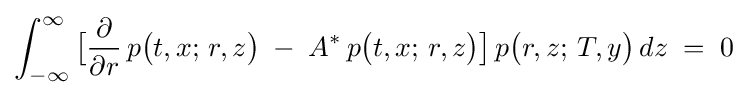
\int _{-\infty }^{\infty }{\bigl [}{\frac {\partial }{\partial r}}\,p{\bigl (}t,x;\,r,z{\bigr )}\;-\;A^{*}\,p{\bigl (}t,x;\,r,z{\bigr )}{\bigr ]}\,p{\bigl (}r,z;\,T,y{\bigr )}\,dz\;=\;0